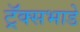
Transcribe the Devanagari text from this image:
ट्रॅक्सभाडे